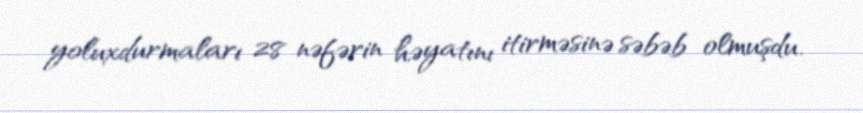
yoluxdurmaları 28 nəfərin həyatını itirməsinə səbəb olmuşdu.